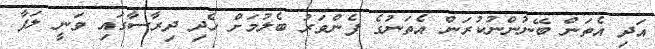
އަދި އެތަން ބޭނުންނުކުރަން އެތަނުގެ ފެންވަރު ބެލުމަށް ހެދި ދިރާސާގައި ވަނީ ލަފާ